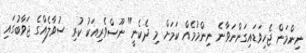
ނިންމަން ޖެހިވަޑައިގަންނަވާނެ ނިންމުމެއް ކަމަށް މި ދެކެނީ" ނޫސްވެރިއަކު ކުރި ސުވާލެއްގެ ޖަވާބުގައި